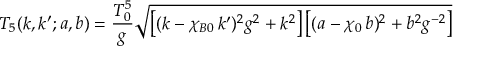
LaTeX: T _ { 5 } ( k , k ^ { \prime } ; a , b ) = \frac { T _ { 0 } ^ { 5 } } { g } \sqrt { \left[ ( k - \chi _ { B 0 } \, k ^ { \prime } ) ^ { 2 } g ^ { 2 } + k ^ { 2 } \right] \left[ ( a - \chi _ { 0 } \, b ) ^ { 2 } + b ^ { 2 } g ^ { - 2 } \right] }